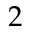
2